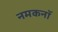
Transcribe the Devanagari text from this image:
नमकनॉ